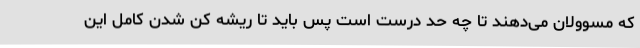
که مسوولان می‌دهند تا چه حد درست است پس باید تا ریشه کن شدن کامل این